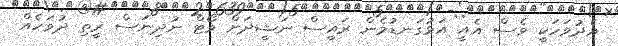
އެދުވަހަކީ ވެސް އެއީ އަޅުގަނޑުމެން ރައީސް ނަޝީދަށް ވޯޓް ނުދިނަސް ރީތި ދުވަހެއް